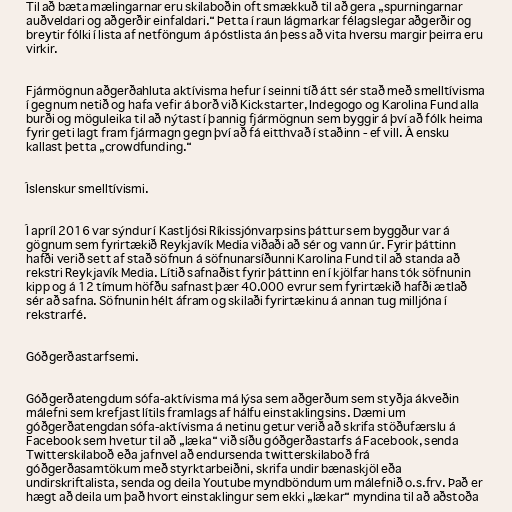
Til að bæta mælingarnar eru skilaboðin oft smækkuð til að gera „spurningarnar
auðveldari og aðgerðir einfaldari.“ Þetta í raun lágmarkar félagslegar aðgerðir og
breytir fólki í lista af netföngum á póstlista án þess að vita hversu margir þeirra eru
virkir.

Fjármögnun aðgerðahluta aktívisma hefur í seinni tíð átt sér stað með smelltívisma
í gegnum netið og hafa vefir á borð við Kickstarter, Indegogo og Karolina Fund alla
burði og möguleika til að nýtast í þannig fjármögnun sem byggir á því að fólk heima
fyrir geti lagt fram fjármagn gegn því að fá eitthvað í staðinn - ef vill. Á ensku
kallast þetta „crowdfunding.“

Íslenskur smelltívismi.

Í apríl 2016 var sýndur í Kastljósi Ríkissjónvarpsins þáttur sem byggður var á
gögnum sem fyrirtækið Reykjavík Media viðaði að sér og vann úr. Fyrir þáttinn
hafði verið sett af stað söfnun á söfnunarsíðunni Karolina Fund til að standa að
rekstri Reykjavík Media. Lítið safnaðist fyrir þáttinn en í kjölfar hans tók söfnunin
kipp og á 12 tímum höfðu safnast þær 40.000 evrur sem fyrirtækið hafði ætlað
sér að safna. Söfnunin hélt áfram og skilaði fyrirtækinu á annan tug milljóna í
rekstrarfé.

Góðgerðastarfsemi.

Góðgerðatengdum sófa-aktívisma má lýsa sem aðgerðum sem styðja ákveðin
málefni sem krefjast lítils framlags af hálfu einstaklingsins. Dæmi um
góðgerðatengdan sófa-aktívisma á netinu getur verið að skrifa stöðufærslu á
Facebook sem hvetur til að „læka“ við síðu góðgerðastarfs á Facebook, senda
Twitterskilaboð eða jafnvel að endursenda twitterskilaboð frá
góðgerðasamtökum með styrktarbeiðni, skrifa undir bænaskjöl eða
undirskriftalista, senda og deila Youtube myndböndum um málefnið o.s.frv. Það er
hægt að deila um það hvort einstaklingur sem ekki „lækar“ myndina til að aðstoða